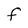
Character: F